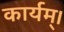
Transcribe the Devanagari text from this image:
कार्यम्।